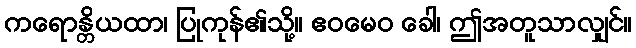
ကရောန္တိယထာ၊ ပြုကုန်၏သို့။ ဧဝမေဝ ခေါ၊ ဤအတူသာလျှင်။